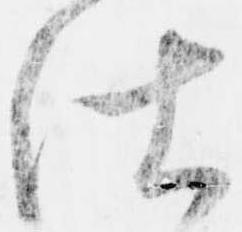
仕